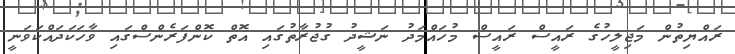
ރައްޔިތުން މަޖިލީހުގެ ރައީސް ރައީސް މުހައްމަދު ނަޝީދު ގުޖުރާތުގައި އޮތް ކޮންފަރެންސްގައި ވާހަކަދައްކަވަނީ